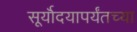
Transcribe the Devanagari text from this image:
सूर्यॊदयापर्यंतच्या